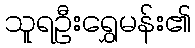
သူရဦးရွှေမန်း၏